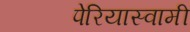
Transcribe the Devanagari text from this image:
पेरियास्वामी